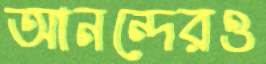
আনন্দেরও